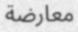
معارضة